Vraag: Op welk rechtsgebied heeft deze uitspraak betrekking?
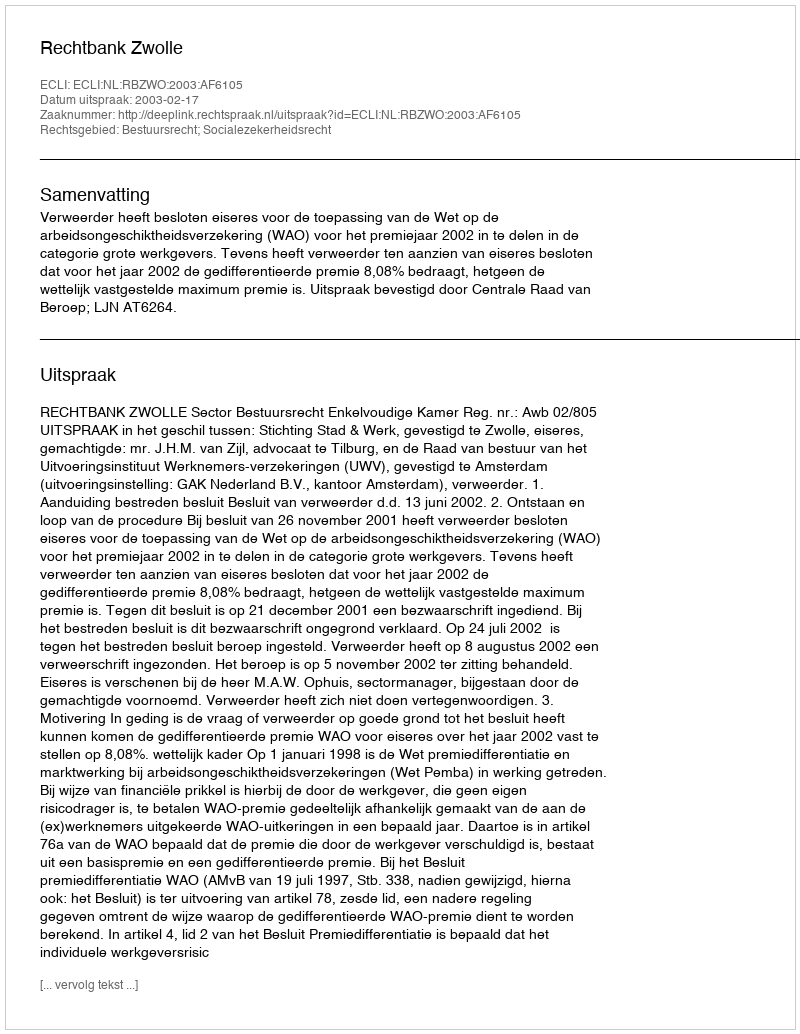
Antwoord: Bestuursrecht; Socialezekerheidsrecht